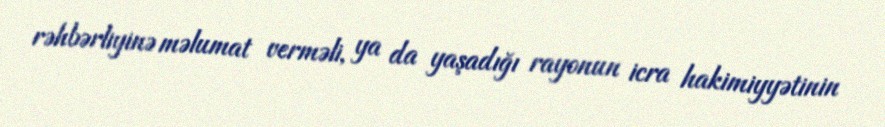
rəhbərliyinə məlumat verməli, ya da yaşadığı rayonun icra hakimiyyətinin